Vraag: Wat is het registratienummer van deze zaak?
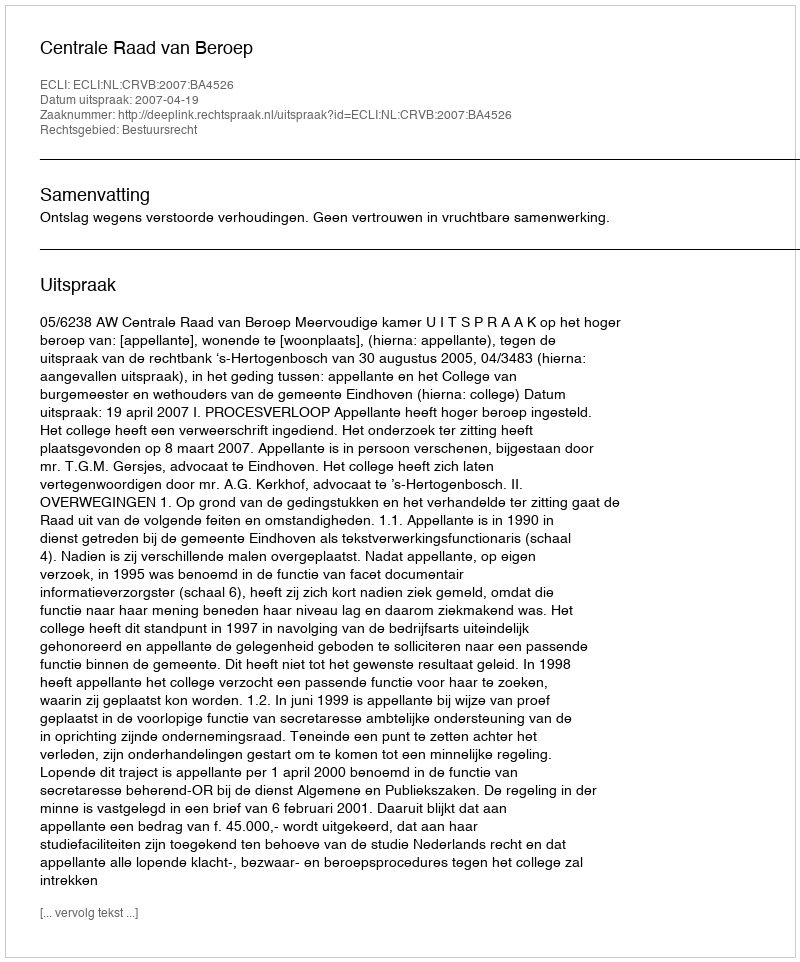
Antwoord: http://deeplink.rechtspraak.nl/uitspraak?id=ECLI:NL:CRVB:2007:BA4526